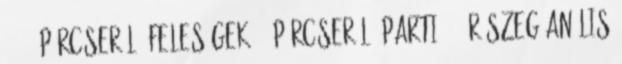
25031 Párcserélő Feleségek 10 Párcserélő Parti 158 Részeg Anális